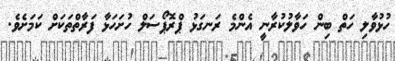
ހުޅުވާލި ހަތް ބިން ހަވާލުކުރާނީ އެންމެ ރަނގަޅު ޕްރޮޕޯސަލް ހުށަހަޅާ ފަރާތްތަކަށް ކަމަށެވެ.